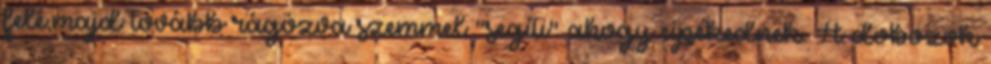
felé,majd tovább rágózva szemmel "segíti" ahogy cipekednek. A dobozok